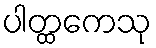
ပါတ္ထကေသု